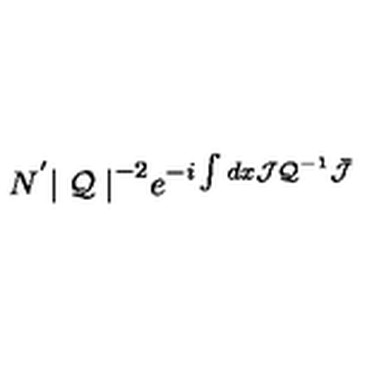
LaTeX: N ^ { ' } { \mid { \cal Q } \mid } ^ { - 2 } e ^ { - i \int d x { \cal J } { { \cal Q } } ^ { - 1 } \bar { { \cal J } } }